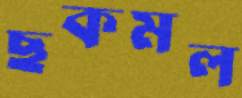
ছকমল